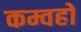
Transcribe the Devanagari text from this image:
कम्वहो